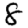
Digit: 8